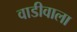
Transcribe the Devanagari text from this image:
वाडीवाला